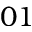
0 1